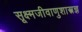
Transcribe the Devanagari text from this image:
सूक्ष्मजीवाणुशास्त्रज्ञ